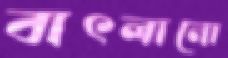
বাৎলানো